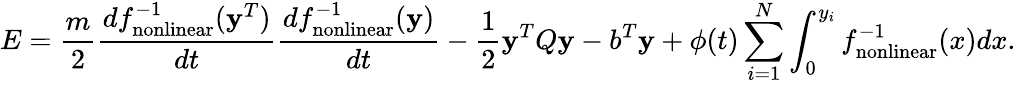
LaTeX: E=\frac{m}{2}\frac{df_{\mathrm{nonlinear}}^{-1}({\mathbf y}^{T})}{dt}\frac{df_{\mathrm{nonlinear}}^{-1}({\mathbf y})}{dt}-\frac{1}{2}{\mathbf y}^{T}Q{\mathbf y}-b^{T}{\mathbf y}+\phi(t)\sum_{i=1}^{N}\int_{0}^{y_{i}}f_{\mathrm{nonlinear}}^{-1}(x)dx.